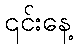
၎င်းနေ့